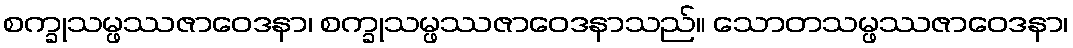
စက္ခုသမ္ဖဿဇာဝေဒနာ၊ စက္ခုသမ္ဖဿဇာဝေဒနာသည်။ သောတသမ္ဖဿဇာဝေဒနာ၊